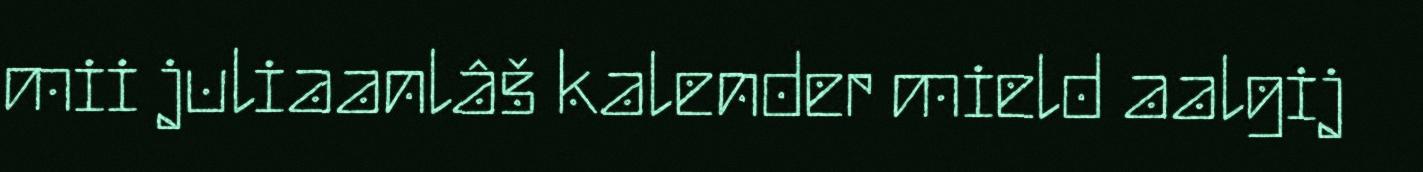
mii juliaanlâš kalender mield aalgij